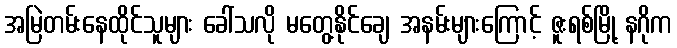
အမြဲတမ်းနေထိုင်သူများ ခေါ်သလို မတွေ့နိုင်ချေ အနမ်းများကြောင့် ဇူးရစ်မြို့ နဂိုက